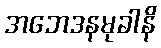
အဘေဒနမုခါနိ